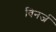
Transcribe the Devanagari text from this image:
विनर्ज